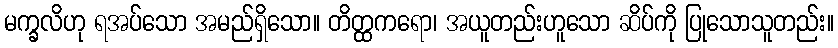
မက္ခလိဟု ရအပ်သော အမည်ရှိသော။ တိတ္ထကရော၊ အယူတည်းဟူသော ဆိပ်ကို ပြုသောသူတည်း။